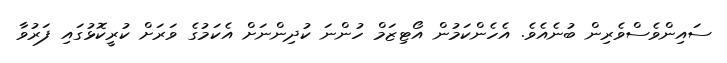
ސައިންވެސްވެރިން ބުނެއެވެ. އެހެންކަމުން އޯޓިޒަމް ހުންނަ ކުދިންނަށް އެކަމުގެ ވަރަށް ކުރީކޮޅުގައި ފަރުވާ